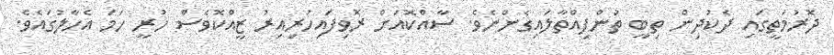
ދޮރުމަތީގައި ދެކުދިން ތިބީ ތުންފިއްތާލައިގެންނެވެ. ސާއްކޮއަށް ރޮވިފައިހުރިއިރު ޒީއްކޮވެސް ހުރީ ހަމަ އެހާލުގައެވެ.